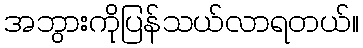
အဘွားကိုပြန်သယ်လာရတယ်။